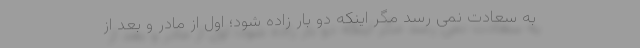
به سعادت نمی رسد مگر اینکه دو بار زاده شود؛ اول از مادر و بعد از